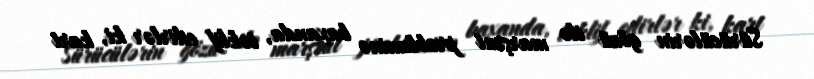
Sürücülərin gözü ilə marşrut probleminə baxanda, təklif edirlər ki, kart